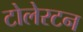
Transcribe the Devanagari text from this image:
टोलेरटन